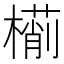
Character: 𣜎